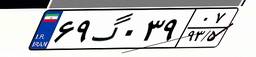
۶۹گ۰۳۹۰۷